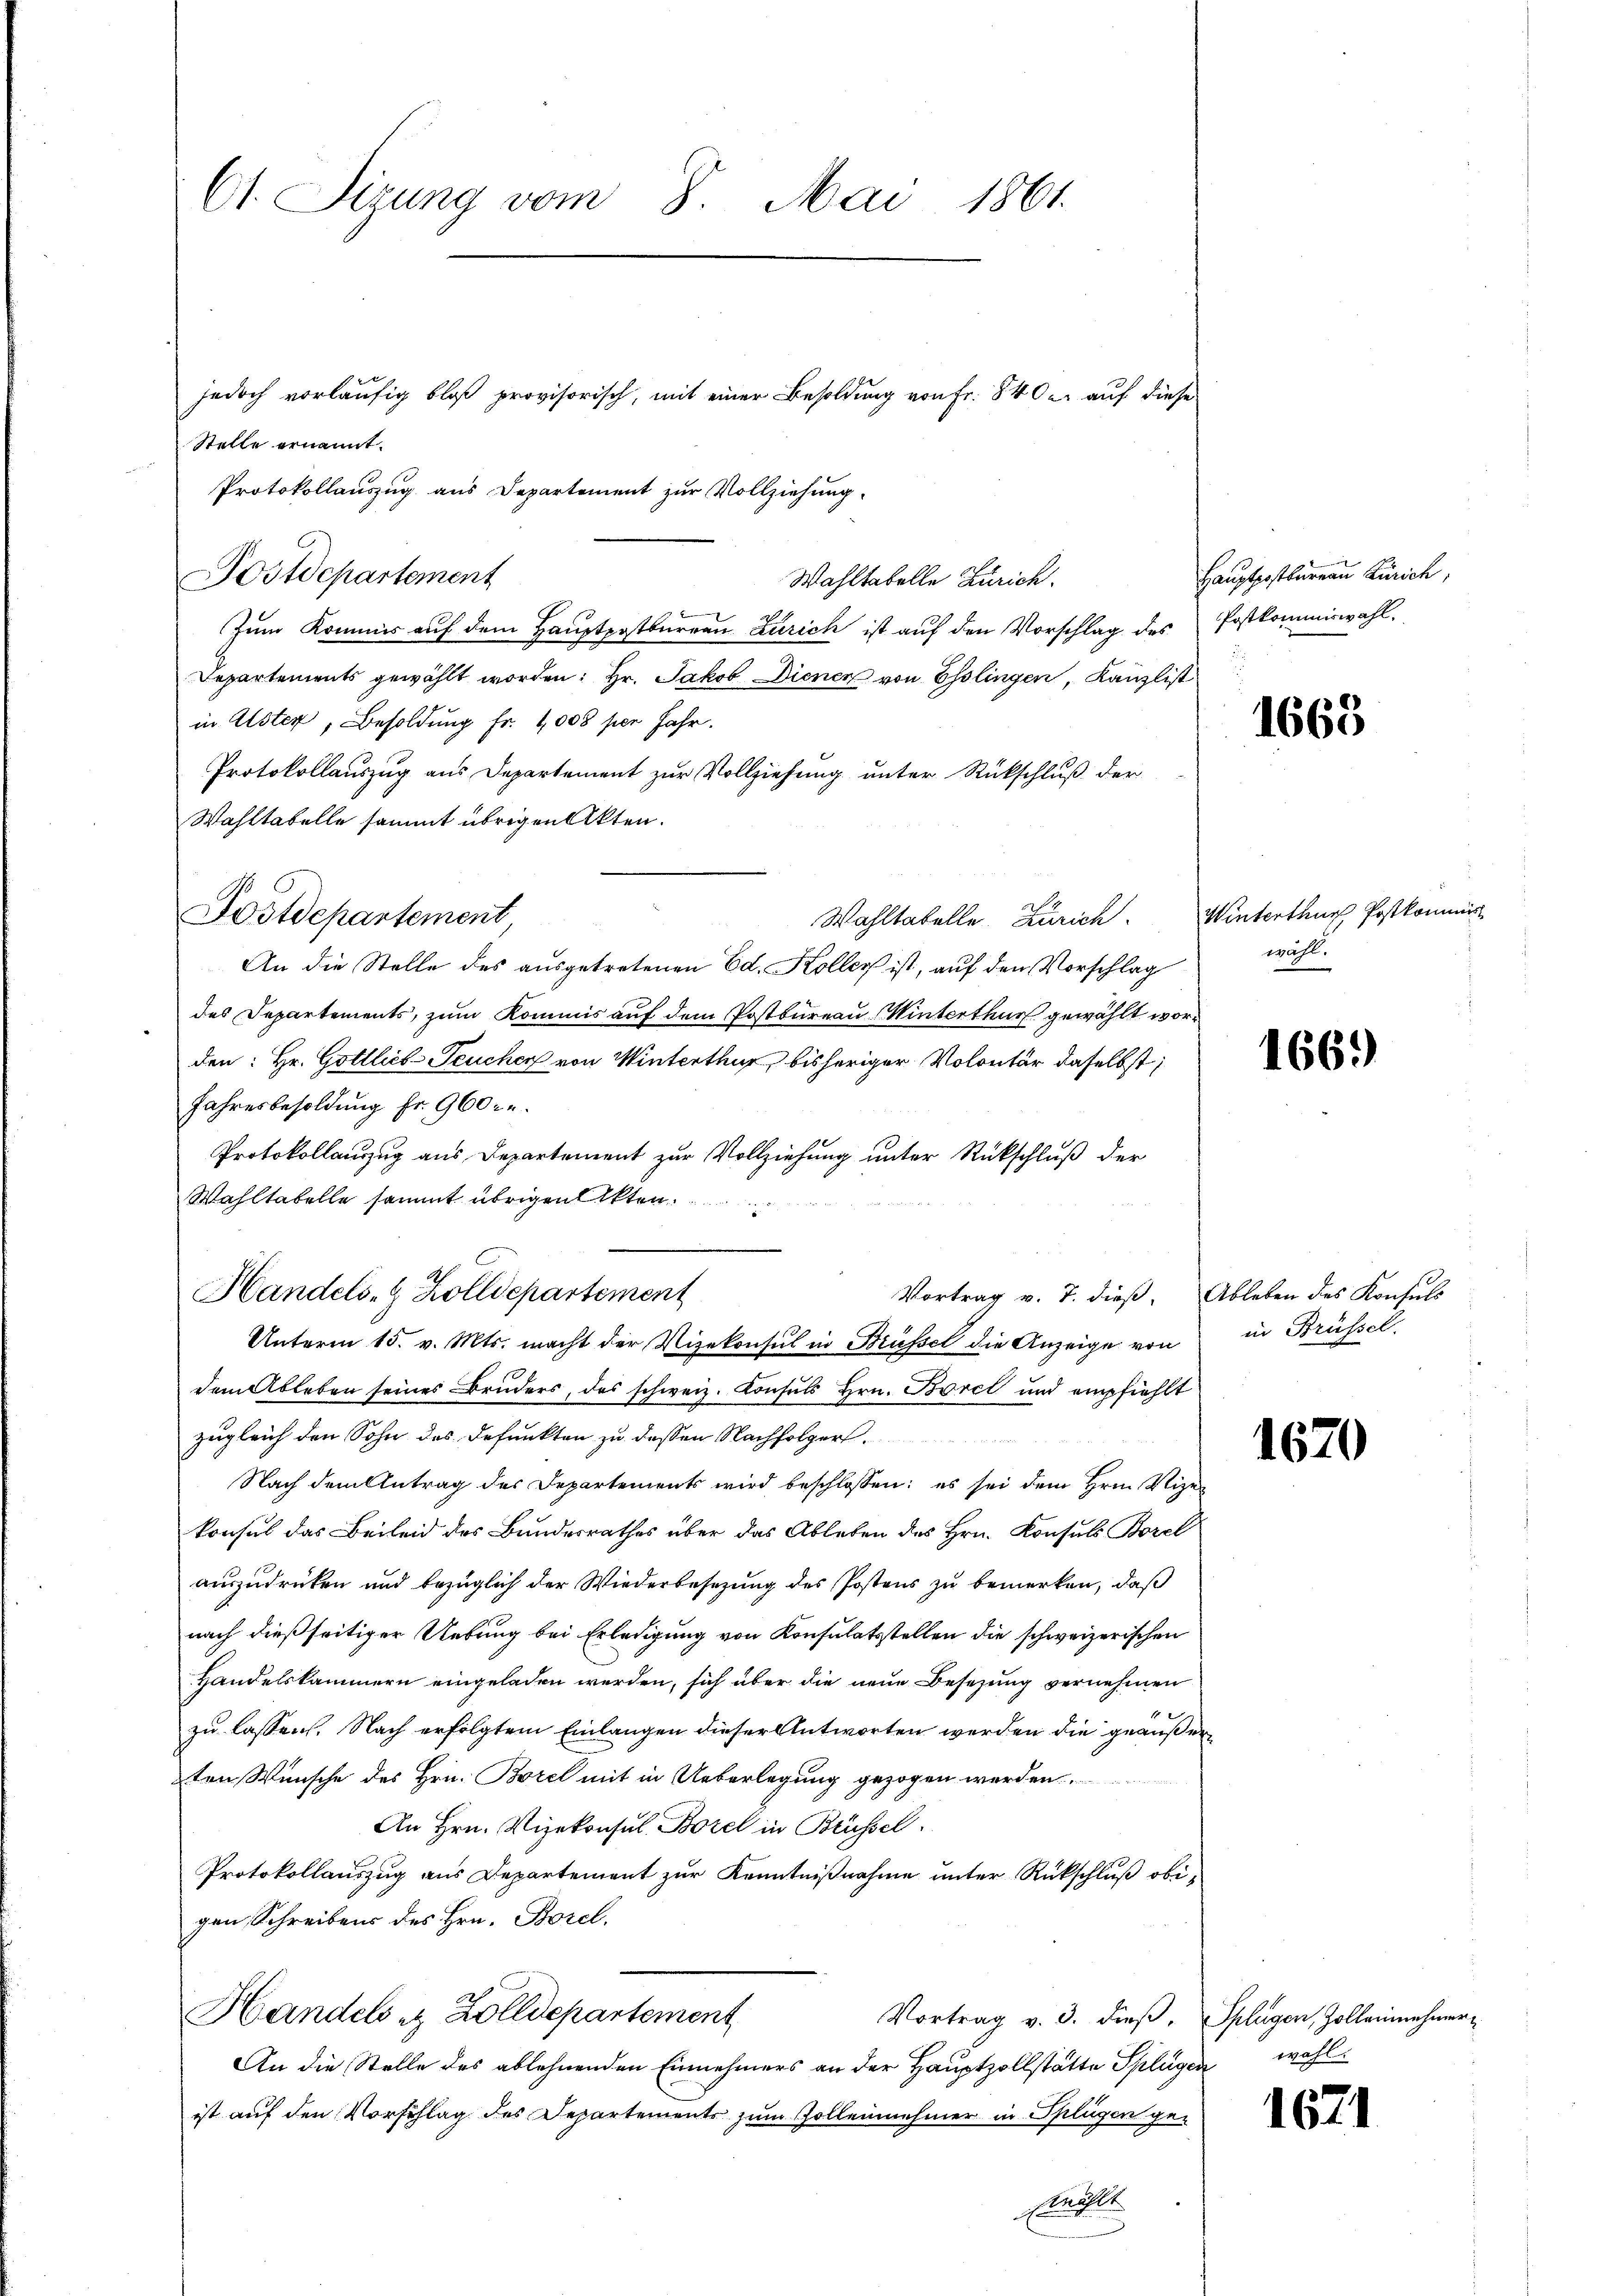
Ct. Sizung vom 8. Mai 1861

Stelle ernannt.
Zum Kommis auf dem Hauptpostburren Zürich ist auf den Vorschlag des
Departements gewählt worden: Hr. Jakob Diener von Esslingen, Kanzlist
in Alster, Besoldung Fr. 1008 per Jahr.
Protokollauszug aus Departement zur Vollziehung unter Rückschluß der
Wahltabelle sammt übrigen Akten.
Wahltatelle Zürich.
An die Stelle des ausgetretenen Ed. Koller ist, auf den Vorschlag
des Departements, zum Kommis auf dem Postbureau Winterthur gewählt wo
den: Hr. Gottlich-Teucher von Winterthur, bisheriger Volontär daselbst;
Jahresbesoldung fr. 960.
Protokollauszug aus Departement zur Vollziehung unter Rückschluß der
Wahltabelle sammt übrigen Akten
Vortrag v. 7. dieß,
Unterm 15. v. Mts. macht der Vizekonsul in Brüssel die Anzeige von
dem Ableben seines Bruders, das schweiz. Konsuls Hrn. Borel und empfiehlt
zugleich den Sohn des Defunkten zu dessen Nachfolger
Nach dem Antrag des Departements wird beschlossen: es sei dem Hrn. Vikonsul das Beileid des Bundesrathes über das Ableben des Hrn. Konsuls Borel
auszudrücken und bezüglich der Wiederbesezung des Postens zu bemerken, daß
nach dießseitiger Uebung bei Erledigung von Konsulatsstellen die schweizerischen
Handelskammern eingeladen werden, sich über die neue Besetzung vernehmen
1
zu lassen. Nach erfolgtem Einlangen dieser Antworten werden die geans
2ten Wünsche des Hrn. Borel mit in Ueberlegung gezogen werden.
An Hrn. Vizekonsul Borel in Brüssel.
Protokollauszug aus Departement zur Kenntnißnahme unter Rückschluß obe
gen Schreibens des Hrn. Borel,
Handels & Zolldepartement
Vortrag v. 3. dieß,
An die Stelle des ablehnenden Einnehmers an der Hauptzollstätte Splüg
ist auf den Vorschlag des Departements zum Vollennehmer in Splügen gesle

Postdepartement

Postdepartement

Handels- & Zolldepartement

jedoch vorläufig bloß provisorisch, mit einer Besoldung von Fr. 840 er auf dies
Protokollauszug aus Departement zur Vollziehung.

Wahltabelle Zürich.

Hauptpostbureau Zürich,
Postkommiswahl.

1668.

Winterthur Postkommis
wahl.

166.)

Ableben des Konsuls
in Brüssel.

1670

Splügen, Zolleinehmerwahl.

162